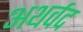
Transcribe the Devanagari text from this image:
अथर्वद